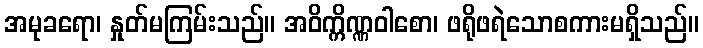
အမုခရော၊ နှုတ်မကြမ်းသည်။ အဝိက္ကိဏ္ဏဝါစော၊ ဖရိုဖရဲသောစကားမရှိသည်။